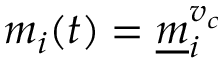
m _ { i } ( t ) = \underline { m } _ { i } ^ { v _ { c } }